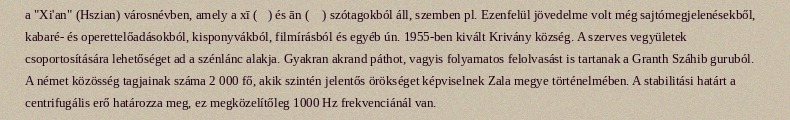
a "Xi'an" (Hszian) városnévben, amely a xī (西) és ān (安 ) szótagokból áll, szemben pl. Ezenfelül jövedelme volt még sajtómegjelenésekből, kabaré- és operettelőadásokból, kisponyvákból, filmírásból és egyéb ún. 1955-ben kivált Krivány község. A szerves vegyületek csoportosítására lehetőséget ad a szénlánc alakja. Gyakran akrand páthot, vagyis folyamatos felolvasást is tartanak a Granth Száhib guruból. A német közösség tagjainak száma 2 000 fő, akik szintén jelentős örökséget képviselnek Zala megye történelmében. A stabilitási határt a centrifugális erő határozza meg, ez megközelítőleg 1000 Hz frekvenciánál van.